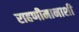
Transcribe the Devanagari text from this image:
राहणीमानाशी